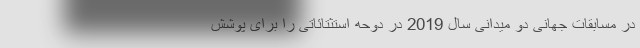
در مسابقات جهانی دو میدانی سال 2019 در دوحه استثتائاتی را برای پوشش